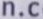
n.c